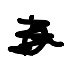
Text: a
Cross-out: scratch
Writing tool: digital_black